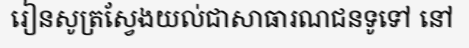
រៀនសូត្រស្វែងយល់ជាសាធារណជនទូទៅ នៅ